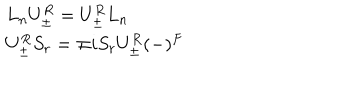
LaTeX: \begin{array} { l } { { L _ { n } U _ { \pm } ^ { R } = U _ { \pm } ^ { R } L _ { n } } } \\ { { U _ { \pm } ^ { R } S _ { r } = \mp i S _ { r } U _ { \pm } ^ { R } ( - ) ^ { F } } } \\ \end{array}